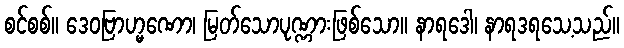
စင်စစ်။ ဒေဝဗြာဟ္မဏော၊ မြတ်သောပုဏ္ဏားဖြစ်သော။ နာရဒေါ၊ နာရဒရသေ့သည်။